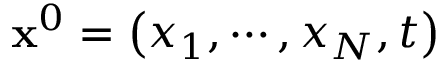
\mathbf { x } ^ { 0 } = \left( x _ { 1 } , \cdots , x _ { N } , t \right)